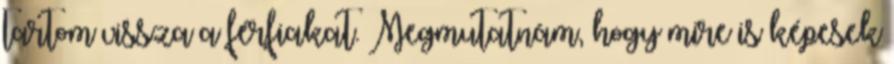
tartom vissza a férfiakat. Megmutatnám, hogy mire is képesek